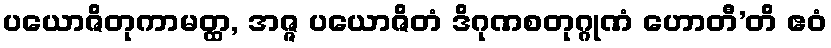
ပယောဇိတုကာမတ္ထ, အဇ္ဇ ပယောဇိတံ ဒိဂုဏစတုဂ္ဂုဏံ ဟောတီ’တိ ဧဝံ